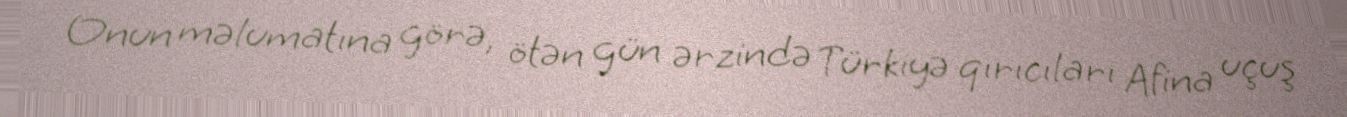
Onun məlumatına görə, ötən gün ərzində Türkiyə qırıcıları Afina uçuş